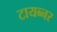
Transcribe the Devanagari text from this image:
टायब्नर